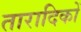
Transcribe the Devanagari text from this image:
तारादिकों